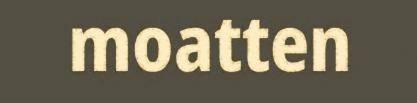
moatten